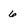
Character: 6